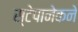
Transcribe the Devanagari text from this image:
स्टेपानेकने